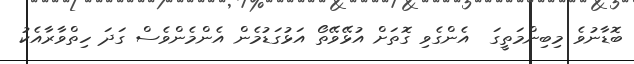
ބޮޑާނުވެ މިބިންމަތީގަ  އެންގެވި ގޮތަށް އުޅޭވޭތޯ އަޅުގަޑުމެން އެންމެންވެސް ގަދަ ހިތްވާރާއެކު